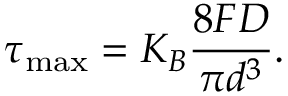
\tau _ { \mathrm { m a x } } = K _ { B } \frac { 8 F D } { \pi d ^ { 3 } } .